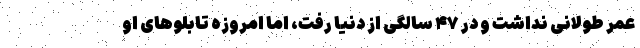
عمر طولانی نداشت و در ۴۷ سالگی از دنیا رفت، اما امروزه تابلو‌های او